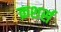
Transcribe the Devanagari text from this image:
क्रशर्स